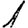
Digit: 1